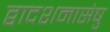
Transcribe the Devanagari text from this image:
द्वादशमासेषु